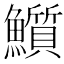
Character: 𩽄